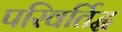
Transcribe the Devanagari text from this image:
परिवर्तिद्ध